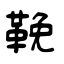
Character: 鞔